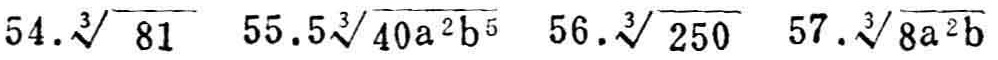
54. $\sqrt[3]{81}$  55. $5\sqrt[3]{40a^{2}b^{5}}$  56. $\sqrt[3]{250}$  57. $\sqrt[3]{8a^{2}b}$